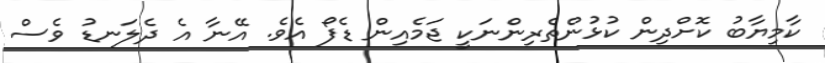
ކާމިޔާބު ކޮށްދިން ކުޅުންތެރިންނަކީ ޖަމެއިން ޑެފޯ އެވެ. އޭނާ އެ ދެލަނޑު ވެސް